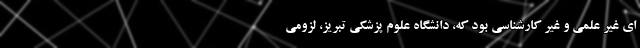
ای غیر علمی و غیر کارشناسی بود که، دانشگاه علوم پزشکی تبریز، لزومی